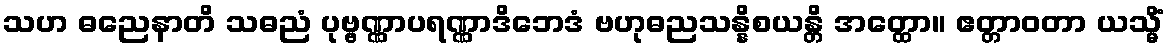
သဟ ဓညေနာတိ သဓညံ ပုဗ္ဗဏ္ဏာပရဏ္ဏာဒိဘေဒံ ဗဟုဓညသန္နိစယန္တိ အတ္ထော။ ဧတ္တာဝတာ ယသ္မိံ